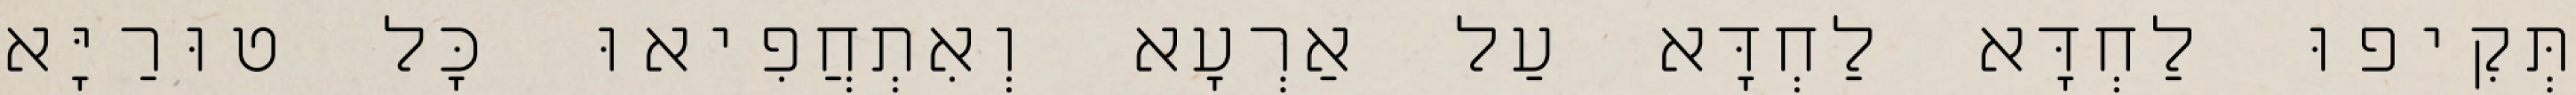
תְּקִיפוּ לַחְדָּא לַחְדָּא עַל אַרְעָא וְאִתְחֲפִיאוּ כָּל טוּרַיָּא